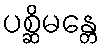
ပစ္ဆိမန္တေ